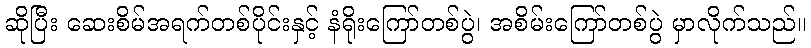
ဆိုပြီး ဆေးစိမ်အရက်တစ်ပိုင်းနှင့် နံရိုးကြော်တစ်ပွဲ၊ အစိမ်းကြော်တစ်ပွဲ မှာလိုက်သည်။